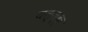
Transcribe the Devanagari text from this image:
यल्ज्क्